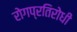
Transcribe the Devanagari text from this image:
रोगप्रतिरोधी